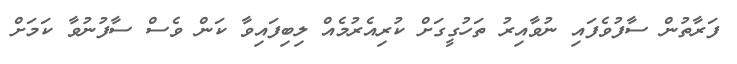
ފަރާތުން ސާފުވެފައި ނުވާއިރު ތަހުގީގަށް ކުރިއެރުމެއް ލިބިފައިވާ ކަން ވެސް ސާފުނުވާ ކަމަށް